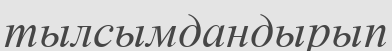
тылсымдандырып